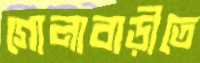
গোলাবাড়ীতে